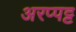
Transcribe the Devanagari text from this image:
अरप्पट्ट